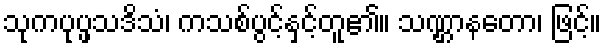
သုကပုပ္ဖသဒိသံ၊ ကသစ်ပွင့်နှင့်တူ၏။ သဏ္ဌာနတော၊ ဖြင့်။